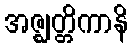
အဇ္ဈတ္တိကာနိ